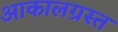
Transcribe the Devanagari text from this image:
आकालग्रस्त